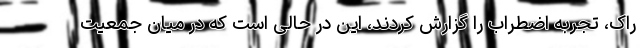
راک، تجربه اضطراب را گزارش کردند، این در حالی است که در میان جمعیت